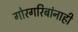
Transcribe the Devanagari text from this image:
गोरगरिबांनाही